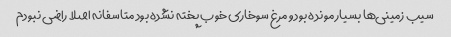
سیب زمینی‌ها بسیار مونده بود و مرغ سوخاری خوب پخته نشده بود متاسفانه اصلا راضی نبودم